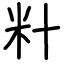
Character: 籵